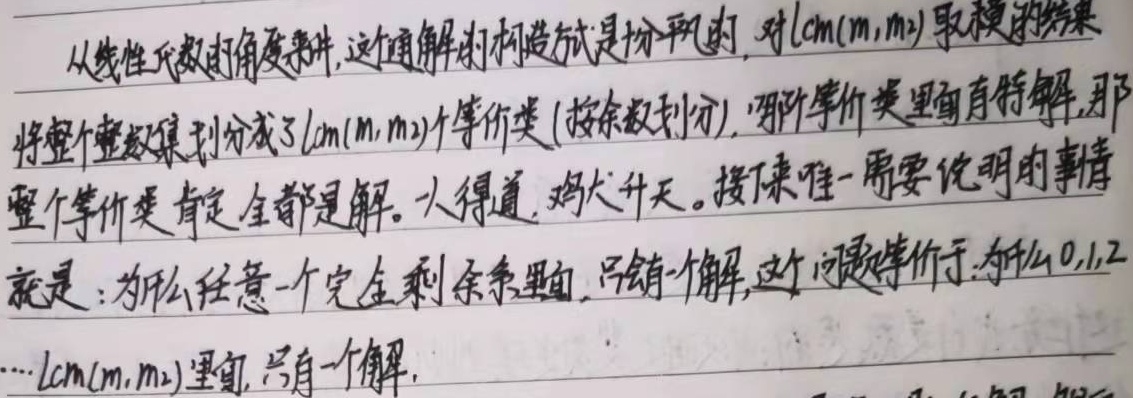
从线性代数的角度来讲，这个通解的构造方式是分明的，对\(\text{lcm}(m_1,m_2)\)取模的结果将整个整数集划分成了\(\text{lcm}(m_1,m_2)\)个等价类(按余数划分)，那些等价类里面有特解，那整个等价类肯定全都是解。一人得道，鸡犬升天。接下来唯一需要说明的事情就是：为什么任意一个完全剩余系里面，只会有一个解，这个问题等价于：为什么\(0,1,2,\cdots,\text{lcm}(m_1,m_2)\)里面，只有一个解。